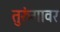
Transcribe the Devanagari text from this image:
तुरुंगावर